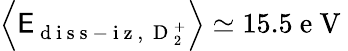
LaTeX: \left\langle\mathsf{E}_{\mathrm{{~d~i~s~s~-~i~z~,~}}\mathrm{{~D~}}_{2}^{+}}\right\rangle\simeq15.5\mathrm{{~e~V~}}